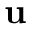
\ensuremath { \mathbf { u } }